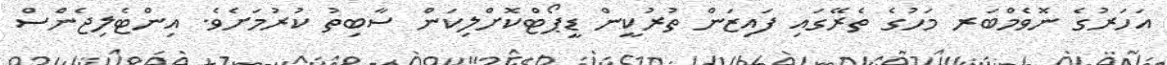
އަހަރުގެ ނޮވެމްބަރ މަހުގެ ތެރޭގައި ފައިޒަން ތުރުކީން ޑީޕޯޓްކޮށްލިކަން ސާބިތު ކުރުމަށެވެ. އިންޓެލިޖެންސް